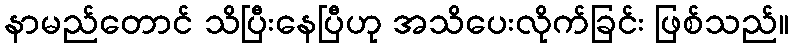
နာမည်တောင် သိပြီးနေပြီဟု အသိပေးလိုက်ခြင်း ဖြစ်သည်။